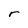
Character: r